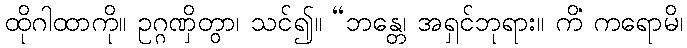
ထိုဂါထာကို။ ဥဂ္ဂဏှိတွာ၊ သင်၍။ “ဘန္တေ၊ အရှင်ဘုရား။ ကိံ ကရောမိ၊